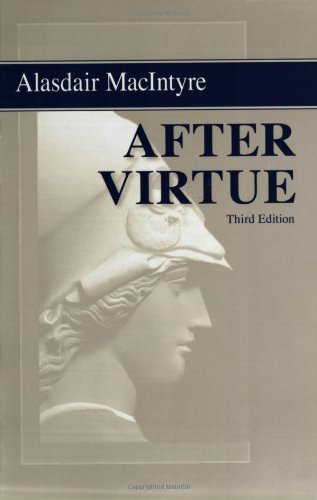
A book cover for After Virtue: A Study in Moral Theory, Third Edition; Alasdair MacIntyre; Politics & Social Sciences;